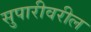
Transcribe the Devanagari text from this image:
सुपारीवरील